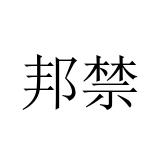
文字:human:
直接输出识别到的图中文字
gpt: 邦禁